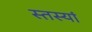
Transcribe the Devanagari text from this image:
स्तस्यां